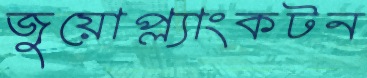
জুয়োপ্ল্যাংকটন